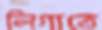
লিগাতে